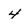
Character: 4